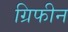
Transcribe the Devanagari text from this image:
ग्रिफीन